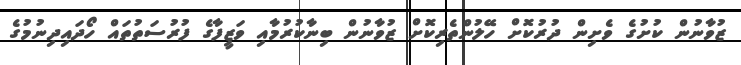
ޒުވާނުން ކުށުގެ ވެށިން ދުރުކޮށް ހޭލުންތެރިކޮށް ޒުވާނުން ބިނާކުރުމާއި ވަޒީފާގެ ފުރުސަތުތައް ހޯދައިދިނުމުގެ